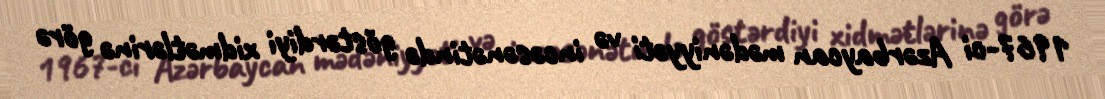
1967-ci Azərbaycan mədəniyyəti və incəsənətində göstərdiyi xidmətlərinə görə